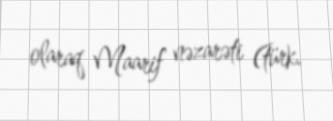
olaraq Maarif nəzarəti (türk.